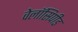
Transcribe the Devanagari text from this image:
वेलॉसिपीड